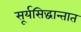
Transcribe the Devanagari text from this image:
सूर्यसिद्धान्तात